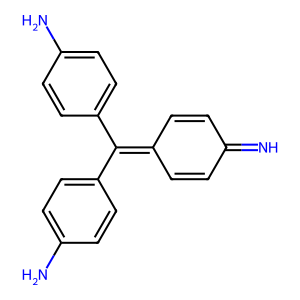
SMILES: N=C1C=CC(=C(c2ccc(N)cc2)c2ccc(N)cc2)C=C1
Inhibits HIV replication: No